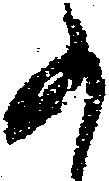
か